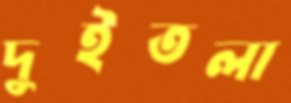
দুইতলা